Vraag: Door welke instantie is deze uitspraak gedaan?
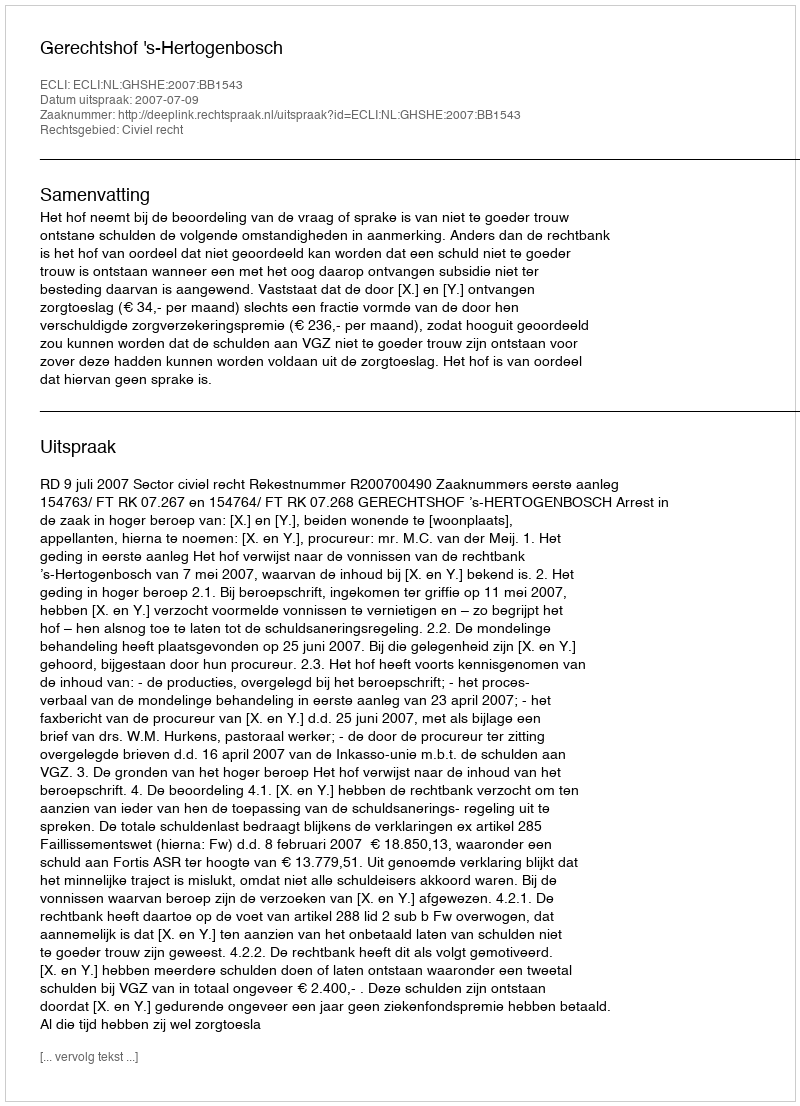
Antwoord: Gerechtshof 's-Hertogenbosch